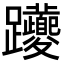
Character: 𨈉